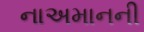
નાઅમાનની